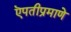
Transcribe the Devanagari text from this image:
ऎपतीप्रमाणे